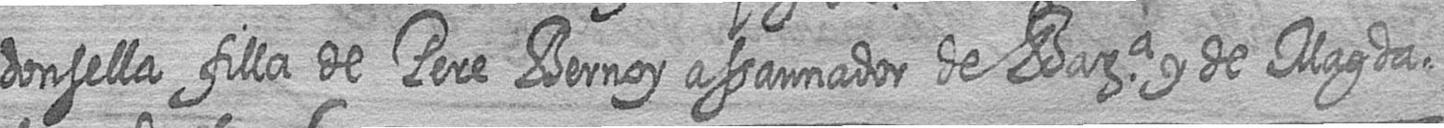
donsella filla de Pere Bernoy assaunador de Bara y de Magda=